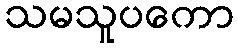
သမသူပကော